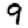
Digit: 9